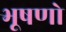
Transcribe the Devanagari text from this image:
भूषणो